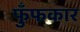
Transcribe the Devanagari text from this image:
फुँफकार